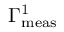
\Gamma _ { \mathrm { m e a s } } ^ { 1 }